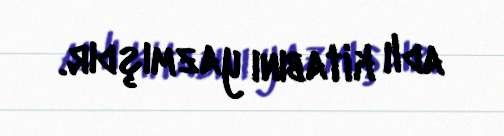
adlı kitabını yazmışdır.